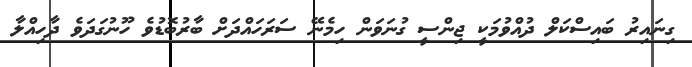
ގިނައިރު ބައިސްކަލް ދުއްވުމަކީ ޖިންސީ ގުނަވަން ހިމެނޭ ސަރަހައްދަށް ބާރުބޮޑުވެ ހޫނުގަދަވެ ދާހިއްލާ